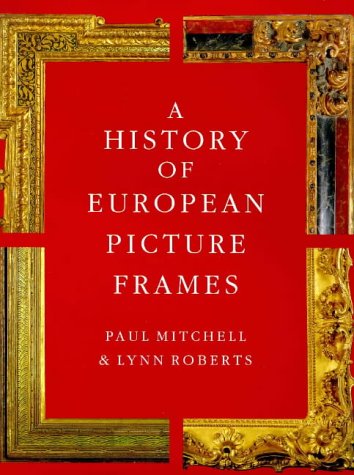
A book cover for A History of European Picture Frames; Paul Mitchell; Crafts, Hobbies & Home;